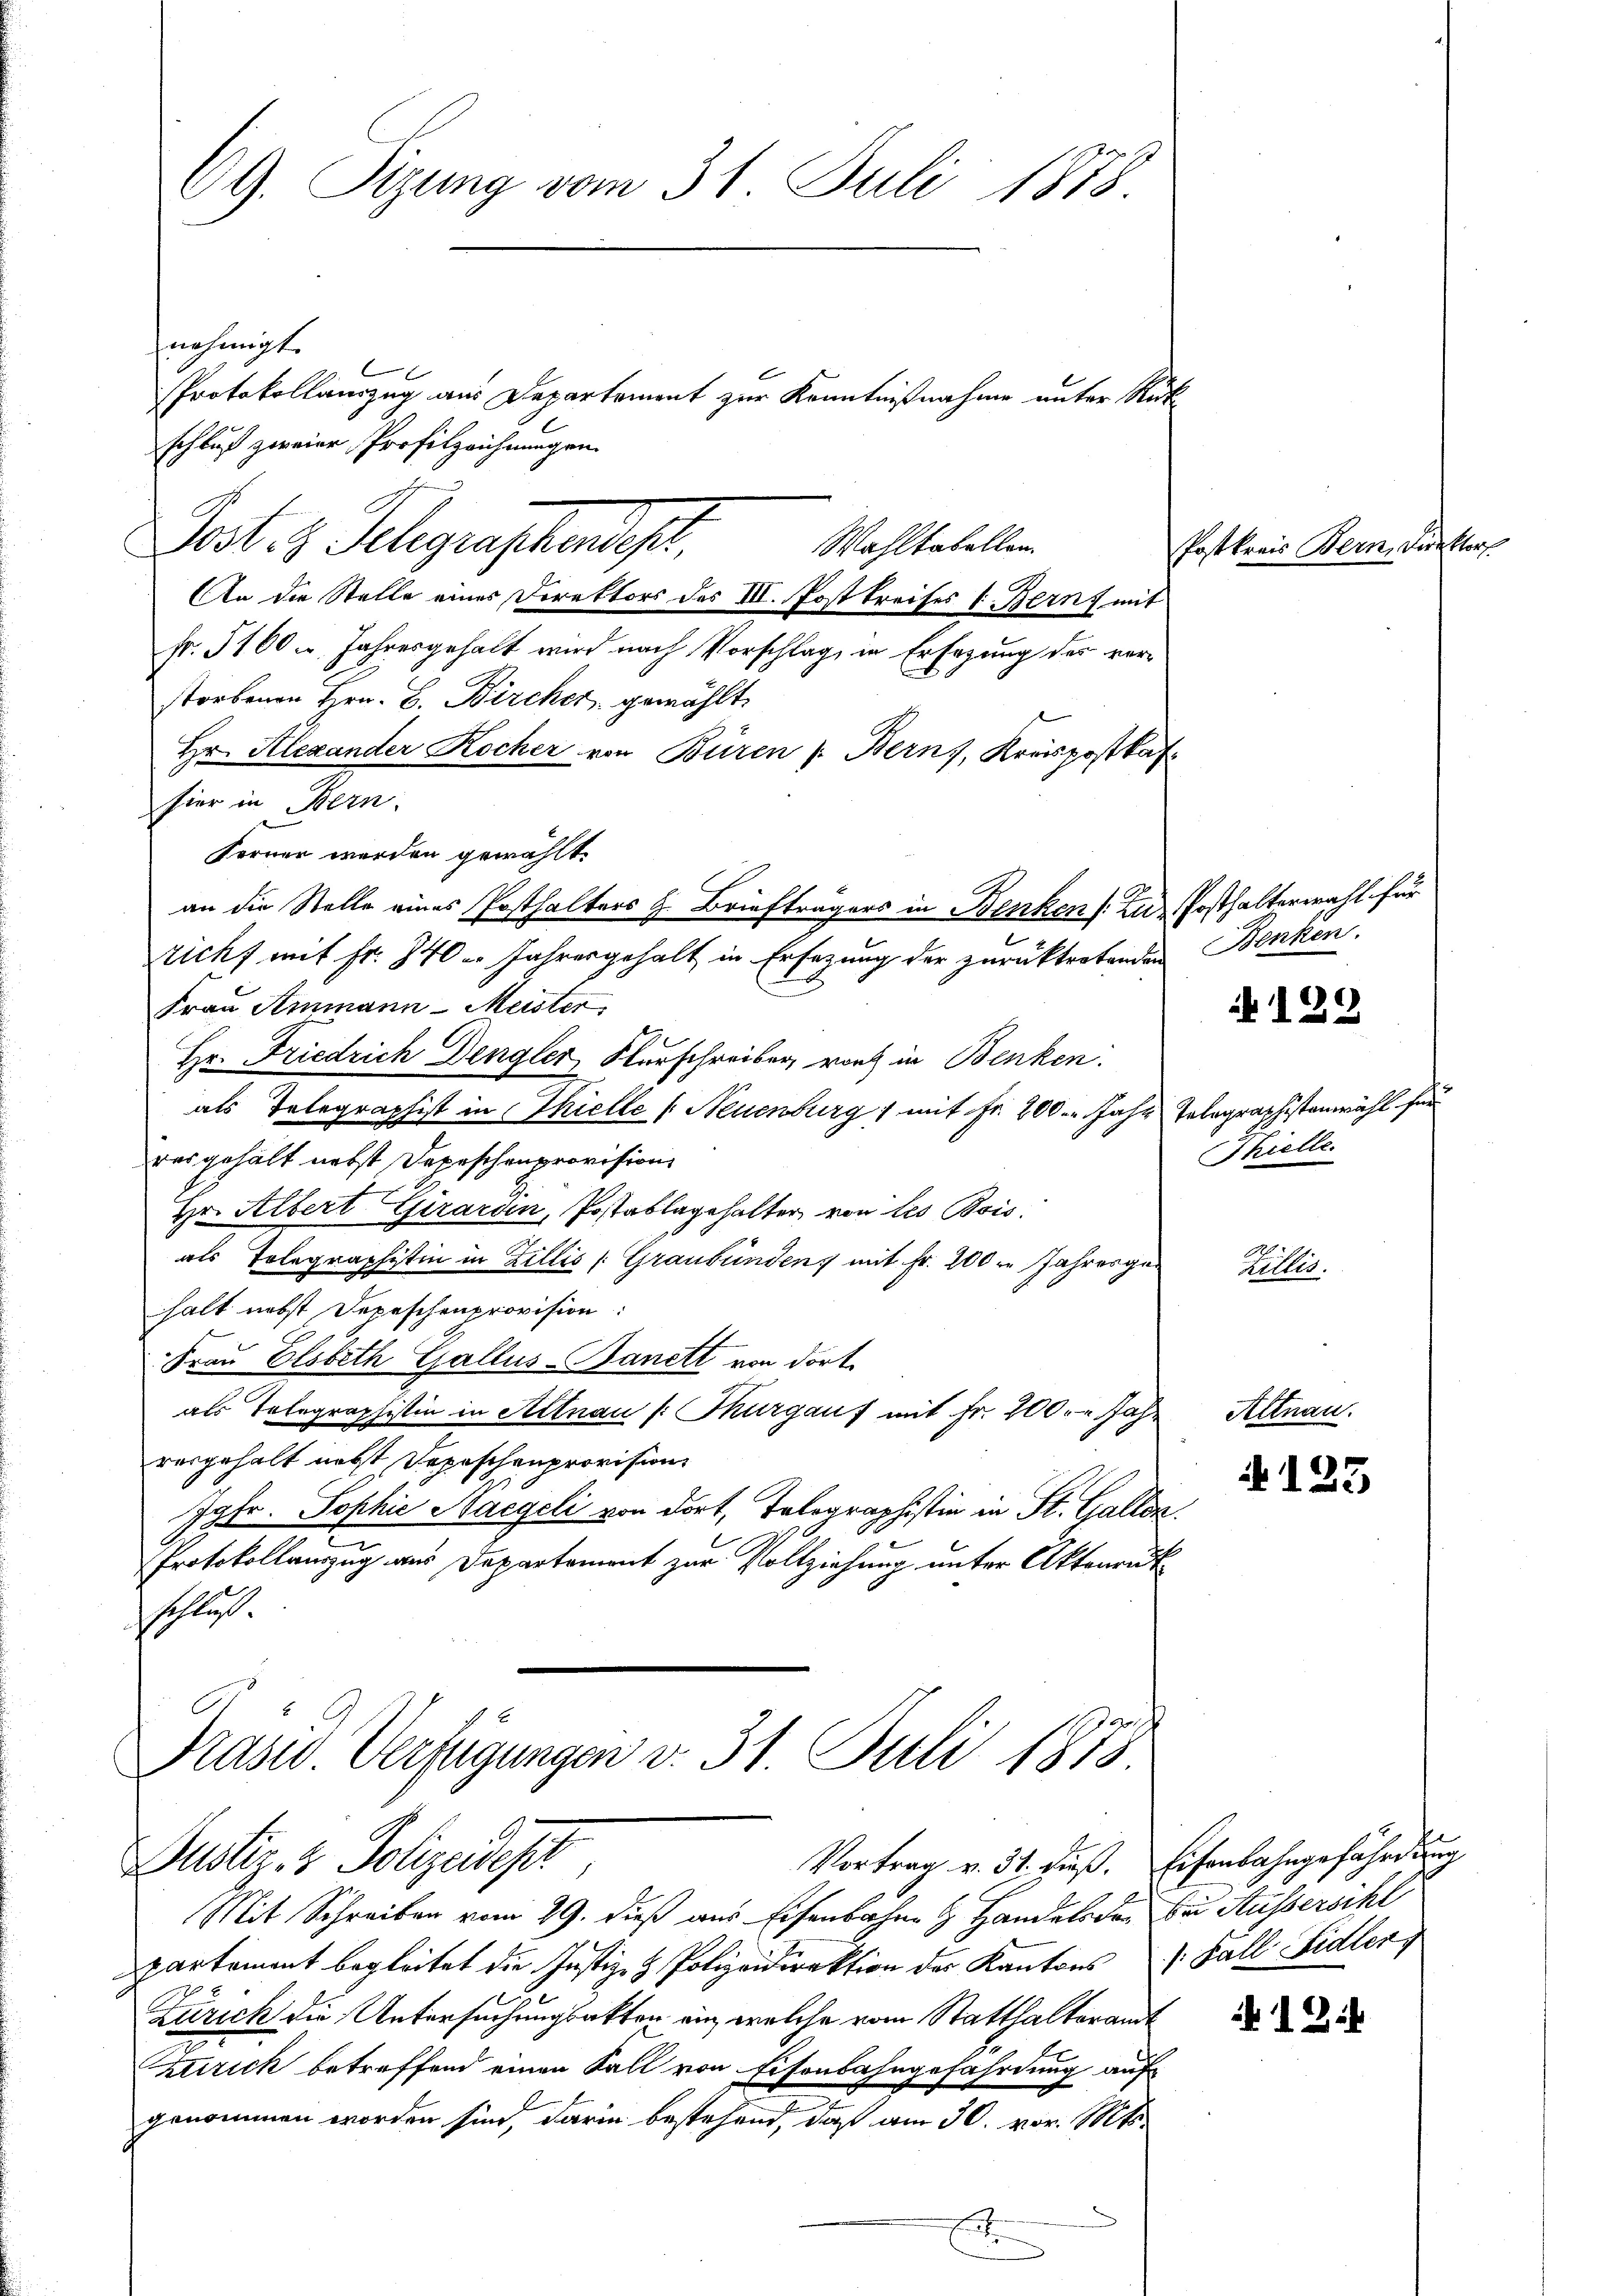
69. Sizung vom 31. Juli 1878.

nehmigt.
An die Stelle eines Direktors des III. Post kreises 1. Bern mit
fr. 5100. Jahresgehalt wird nach Vorschlag, in Erfagung des verstorbenen Hrn. G. Bircher gewählt,
Hr. Alexander Kocher von Büren /: Bern, Kreispostkat
hier in Bern.
Ferner werden gewählt.
Frau Ammann-Meister.
Hr. Friedrich Dengler, Burschreiber, vor in Benken:
als Telegraphist in Thielle (Neuenburg 1 mit Fr. 200 Jahr Telegraphistenwahl für
der gehält nebst Depeschenprovision
Hr. Albert Girardin, Postablagehalter, von les Bois.
als Tolegraphistin in Zillis (Graubünden mit Fr. 200 Jahresgehalt nebst Depeschenprovision:
Frau Elsbeth Gallus-Banett von dort.
als Telegraphistin in Altnau (: Thurgauf mit Fr. 200. - Jahr
rosgehalt nebst Depeschenprovision
Jgfr. Sophie Macgeli von dort, Tolographistin in St. Gallen.
Protokollauszug aus Departement zur Vollziehung unter Aktenrut
sschlu

schluß zweier Profilzeichnungen.
Dost. H. Gelegraschendes,
Wahltabellen.

Protokollanzug aus Departement zur Kenntnißnahme unter Rück

Mit Schreiben vom 29. dieß aus Eisenbahn & Handels der bei Aussersihl
partement begleitet die Justiz- & Polizeidirektion der Kantons Fall Fidler
Zürich die Untersuchungsakten ein, welche vom Statthalteramt
Zürich betreffend einen Fall von Eisenbahngefährdung auf
genommen worden sind, darin bestehend, daß am 30. vor. 1861
.

an die Stelle eines Posthalters H. Briefträgers in Benken s. Zu Posthalterwahl für
Sticht mit Fr. 740 u. Jahresgehalt in Ersezung der zurücktretenden Benken.

Präsid. Verfügungen v. 31. Juli 1873
Vortrag v. 31. Fuß. Eisenbahngefährdung
Justiz- & Polizeidist

129

Thielle.

Zillis.

Altnau.
A 123

1 Zif

Postkreis Bern, dunkler,